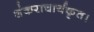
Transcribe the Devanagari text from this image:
शंकराचार्यकृत।